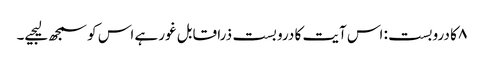
۸ کا دروبست: اس آیت کا درو بست ذرا قابل غور ہے اس کو سمجھ لیجیے۔